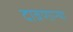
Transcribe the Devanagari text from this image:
दावणाऱ्या